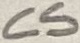
Text: CS